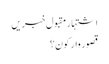
اشتہار	مقبول خبریں
قصور وار کون؟